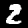
Label: 2